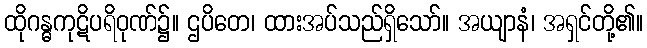
ထိုဂန္ဓကုဋိပရိဝုဏ်၌။ ဌပိတေ၊ ထားအပ်သည်ရှိသော်။ အယျာနံ၊ အရှင်တို့၏။